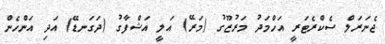
ޖެނަރަލް ސެކްރެޓަރީ އަހްމަދު މަރުޒޫގު (މަރޭ) އަލީ އަޝްފާގު (ދަގަނޑޭ) އަދި އަންހެން